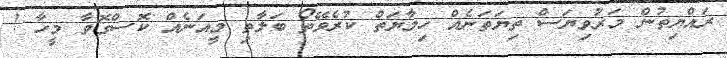
ރައްޔިތުން މަރުވިޔަސް ތިޔަތަނެއް ހިމާޔަތް ކުރެވޭތޯ ބަލާތި މީއަނެއް ކޮސްގޮވާ މީހާ !